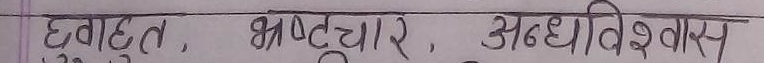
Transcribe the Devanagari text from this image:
घृणा, भ्रष्टाचार, अंधविश्वास